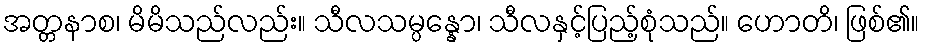
အတ္တနာစ၊ မိမိသည်လည်း။ သီလသမ္ပန္နော၊ သီလနှင့်ပြည့်စုံသည်။ ဟောတိ၊ ဖြစ်၏။